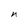
Character: n